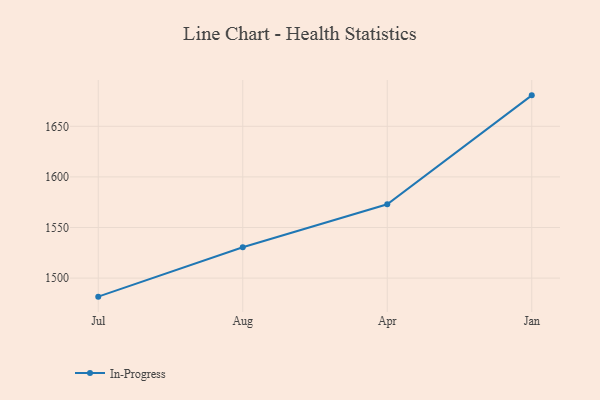
{"axis": {"x": "Month", "y": "Tickets Resolved"}, "legend": ["In-Progress"], "data": [{"x": "Jul", "y": 1481.7, "type": "In-Progress"}, {"x": "Aug", "y": 1530.5, "type": "In-Progress"}, {"x": "Apr", "y": 1573.0, "type": "In-Progress"}, {"x": "Jan", "y": 1680.6, "type": "In-Progress"}]}